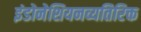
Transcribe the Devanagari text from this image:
इंडोनेशियनव्यतिरिक्त